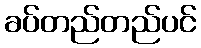
ခပ်တည်တည်ပင်